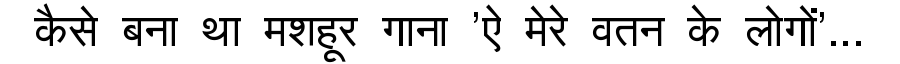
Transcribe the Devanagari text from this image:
कैसे बना था मशहूर गाना 'ऐ मेरे वतन के लोगों'...